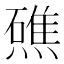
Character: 𭶗